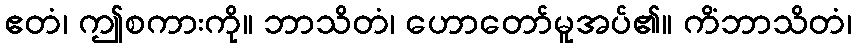
ဧတံ၊ ဤစကားကို။ ဘာသိတံ၊ ဟောတော်မူအပ်၏။ ကိံဘာသိတံ၊